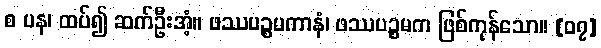
စ ပန၊ ထပ်၍ ဆက်ဦးအံ့။ ဖဿပဉ္စမကာနံ၊ ဖဿပဉ္စမက ဖြစ်ကုန်သော။ [၀၇]